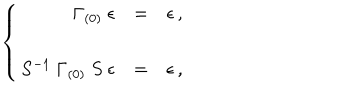
\left\{ \begin{array} { r c l } { { \Gamma _ { ( 0 ) } \ \epsilon } } & { { = } } & { { \epsilon \, , } } \\ { { } } & { { } } & { { } } \\ { { S ^ { - 1 } \ \Gamma _ { ( 0 ) } \ S \ \epsilon } } & { { = } } & { { \epsilon \, , } } \\ \end{array} \right.